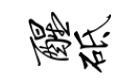
醒砥